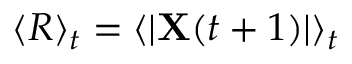
\langle R \rangle _ { t } = \langle | \mathbf { X } ( t + 1 ) | \rangle _ { t }